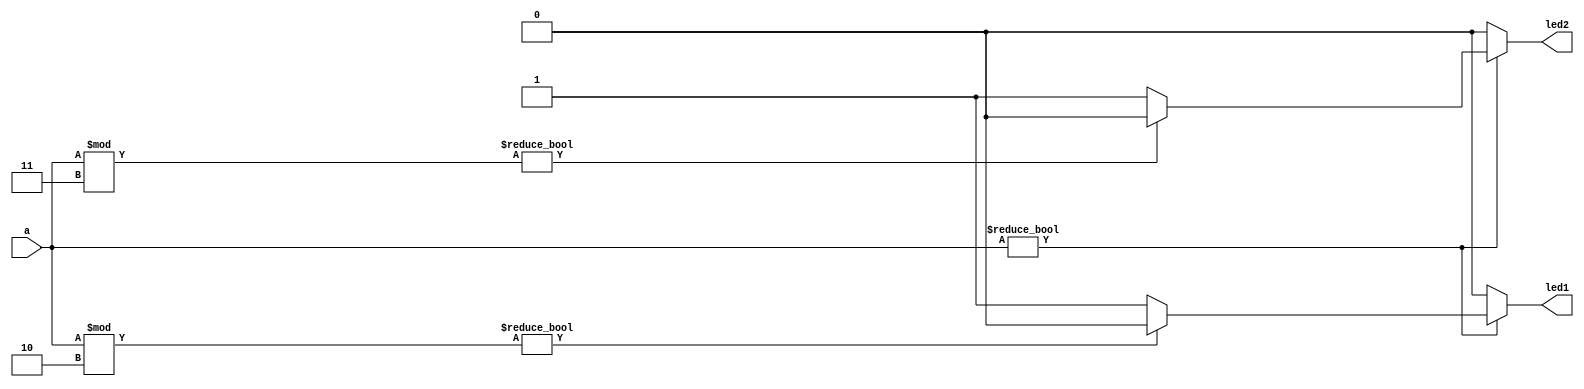
`timescale 1ns / 1ps
//////////////////////////////////////////////////////////////////////////////////
// Company: 
// Engineer: 
// 
// Design Name: 
// Module Name: project_6
// Project Name: 
// Target Devices: 
// Tool Versions: 
// Description: 
// 
// Dependencies: 
// 
// Revision:
// Revision 0.01 - File Created
// Additional Comments:
// 
//////////////////////////////////////////////////////////////////////////////////


module project_6(
    input [3:0] a,
    output led1,
    output led2
    );
    
    assign led1 = a?(a%2?1'b0:1'b1):1'b0;
    assign led2 = a?(a%3?1'b0:1'b1):1'b0;
endmodule